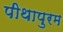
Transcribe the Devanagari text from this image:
पीथापुरम